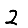
Digit: 2